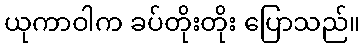
ယုကာဝါက ခပ်တိုးတိုး ပြောသည်။